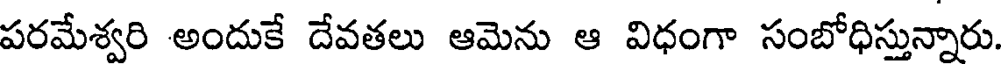
పరమేశ్వరి అందుకే దేవతలు ఆమెను ఆ విధంగా సంబోధిస్తున్నారు.